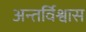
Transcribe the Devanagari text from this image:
अन्तर्विश्वास